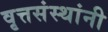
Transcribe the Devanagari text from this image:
वृत्तसंस्थांनी